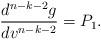
LaTeX: \begin{align*} \frac{d^{n-k-2}g}{dv^{n-k-2}}=P_1.\end{align*}